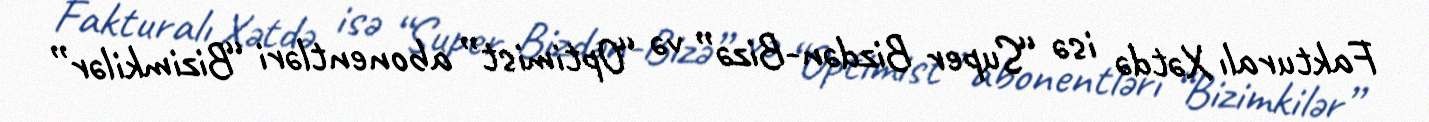
Fakturalı Xətdə isə “Super Bizdən-Bizə” və “Optimist” abonentləri “Bizimkilər”